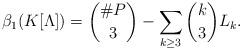
LaTeX: \begin{align*} \beta_1(K[\Lambda]) = \binom{\# P}{3} - \sum_{k \ge 3} \binom{k}{3} L_k. \end{align*}